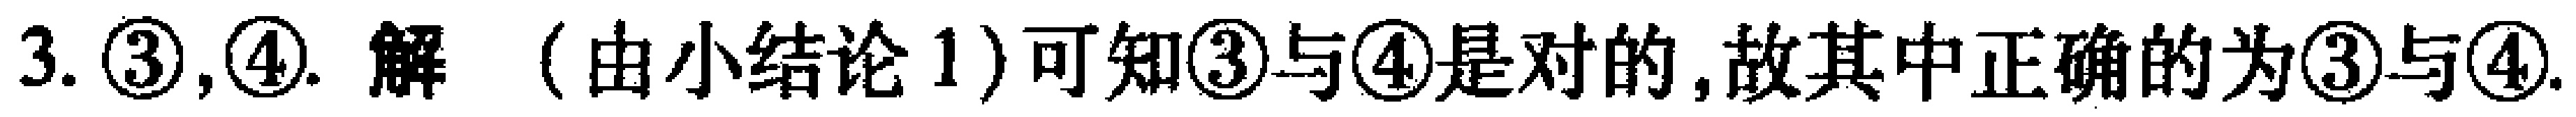
3. \textcircled{3},\textcircled{4}. 解 （由小结论1）可知\textcircled{3}与\textcircled{4}是对的,故其中正确的为\textcircled{3}与\textcircled{4}.